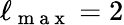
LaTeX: \ell_{\mathrm{~m~a~x~}}=2